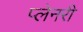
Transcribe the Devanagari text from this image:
प्लेनरी